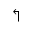
\Lsh